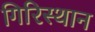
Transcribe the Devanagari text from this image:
गिरिस्थान